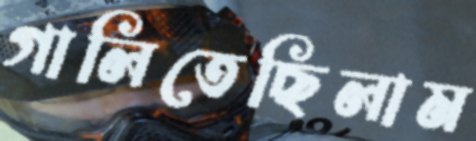
গালিতেছিলাম